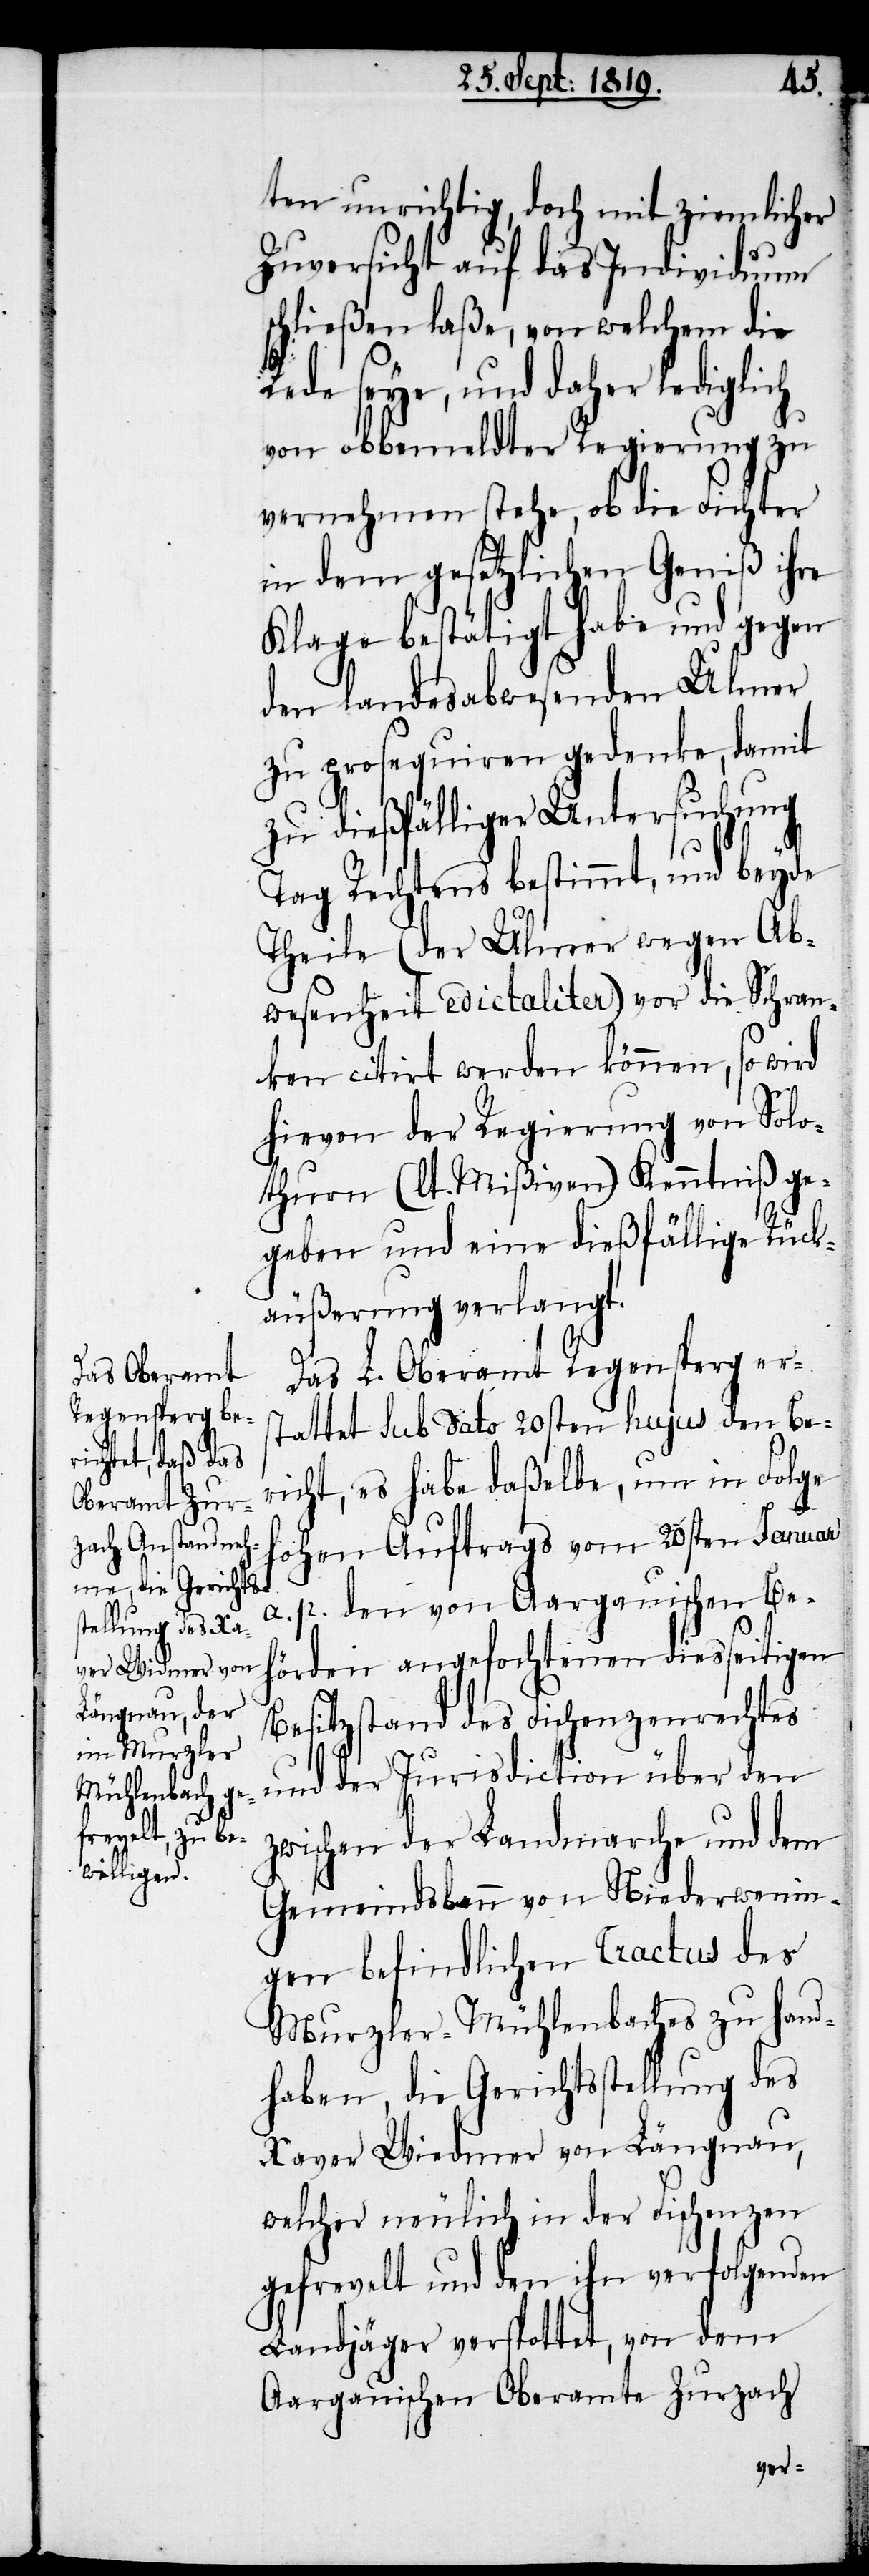
ten unrichtig, doch mit ziemlicher
Zuversicht auf das Individuum
schließen laße, von welchem die
Rede seye, und daher lediglich
von obbemeldter Regierung zu
vernehmen stehe, ob die Fichter
in dem gesetzlichen Geniß ihre
Klage bestätigt habe und gegen
den landesabwesenden Ulmer
zu prosequiren gedenke, damit
zu dießfälliger Untersuchung
Tag Rechtens bestimmt, und beyde
Theile (der Ulmer wegen Ab¬
wesenheit edictaliter) vor die Schran¬
ken citirt werden könne, so wird
hievon der Regierung von Solo¬
thurn (lt. Mißiven) Kenntniß ge¬
geben und eine dießfällige Rück¬
äußerung verlangt.
Das L. Oberamt Regensperg er¬
stattet sub dato 20sten hujus den Be¬
richt, es habe daßelbe, um in Folge
hohen Auftrags vom 20sten Januar
a. p. den von Aargauischen Be¬
hörden angefochtenen diesseitigen
Besitzstand des Fischenzenrechtes
und der Jurisdiction über den
zwischen der Landmarche und dem
Gemeindsbann von Niederwenin¬
gen befindlichen Tractus des
Murzler- Mühlenbaches zu hand¬
haben, die Gerichtsstellung des
Xaver Wiedmer von Längnau,
welcher neulich in der Fischenzen
gefrevelt und den ihn verfolgenden
Landjäger verspottet, von dem
Aargauischen Oberamte Zurzach